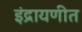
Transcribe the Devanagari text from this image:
इंद्रायणीत